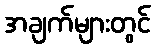
အချက်များတွင်